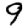
Digit: 9